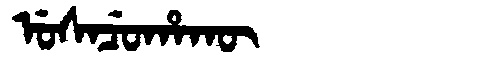
Manchu: ᡠᠰᠠᠴᡠᡥᠠᡴᡡ
Romanization: USACUHAKŪ